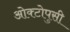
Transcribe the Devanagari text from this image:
ओक्टोपुसी